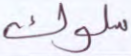
سلوك